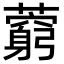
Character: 藭